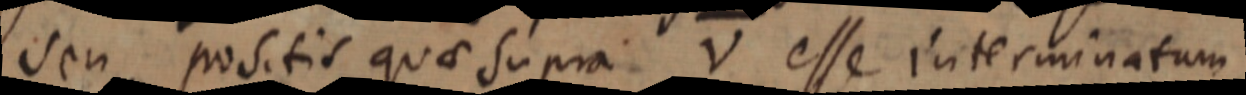
seu positis quae supra V esse interminatum